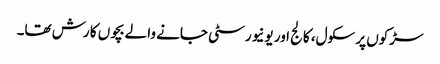
سڑکوں پر سکول، کالج اور یونیورسٹی جانے والے بچوں کا رش تھا۔